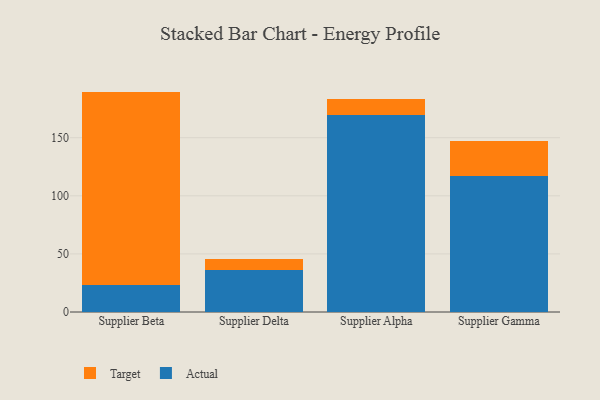
{"axis": {"x": "Supplier", "y": "Population (Million)"}, "legend": ["Actual", "Target"], "data": [{"x": "Supplier Beta", "y": 23.4, "type": "Actual"}, {"x": "Supplier Beta", "y": 166.3, "type": "Target"}, {"x": "Supplier Delta", "y": 35.9, "type": "Actual"}, {"x": "Supplier Delta", "y": 9.3, "type": "Target"}, {"x": "Supplier Alpha", "y": 169.2, "type": "Actual"}, {"x": "Supplier Alpha", "y": 14.3, "type": "Target"}, {"x": "Supplier Gamma", "y": 117.4, "type": "Actual"}, {"x": "Supplier Gamma", "y": 30.2, "type": "Target"}]}